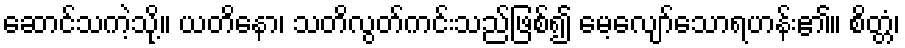
ဆောင်သကဲ့သို့။ ယတိနော၊ သတိလွတ်ကင်းသည်ဖြစ်၍ မေ့လျော်သောရဟန်း၏။ စိတ္တံ၊